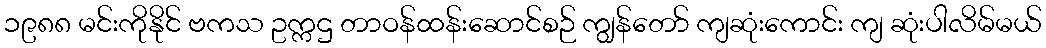
၁၉၈၈ မင်းကိုနိုင် ဗကသ ဥက္ကဌ တာဝန်ထန်းဆောင်စဉ် ကျွန်တော် ကျဆုံးကောင်း ကျ ဆုံးပါလိမ်မယ်